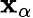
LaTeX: \mathbf{x}_{\alpha}